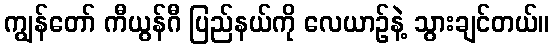
ကျွန်တော် ကီယွန်ဂီ ပြည်နယ်ကို လေယာဉ်နဲ့ သွားချင်တယ်။